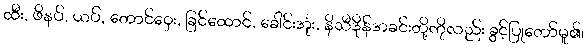
ထီး, ဖိနပ်, ယပ်, တောင်ဝှေး, ခြင်ထောင်, ခေါင်းအုံး, နိသီဒိုန်အခင်းတို့ကိုလည်း ခွင့်ပြုတော်မူ၏၊